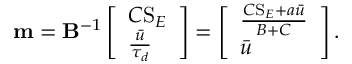
\mathbf { m } = \mathbf { B } ^ { - 1 } \left[ \begin{array} { l } { C \mathrm { S } _ { E } } \\ { \frac { \bar { u } } { \tau _ { d } } } \end{array} \right] = \left[ \begin{array} { l } { \frac { C \mathrm { S } _ { E } + a \bar { u } } { B + C } } \\ { \bar { u } } \end{array} \right] .